Jaan_Tonisson_(Lasteleht), lk 83
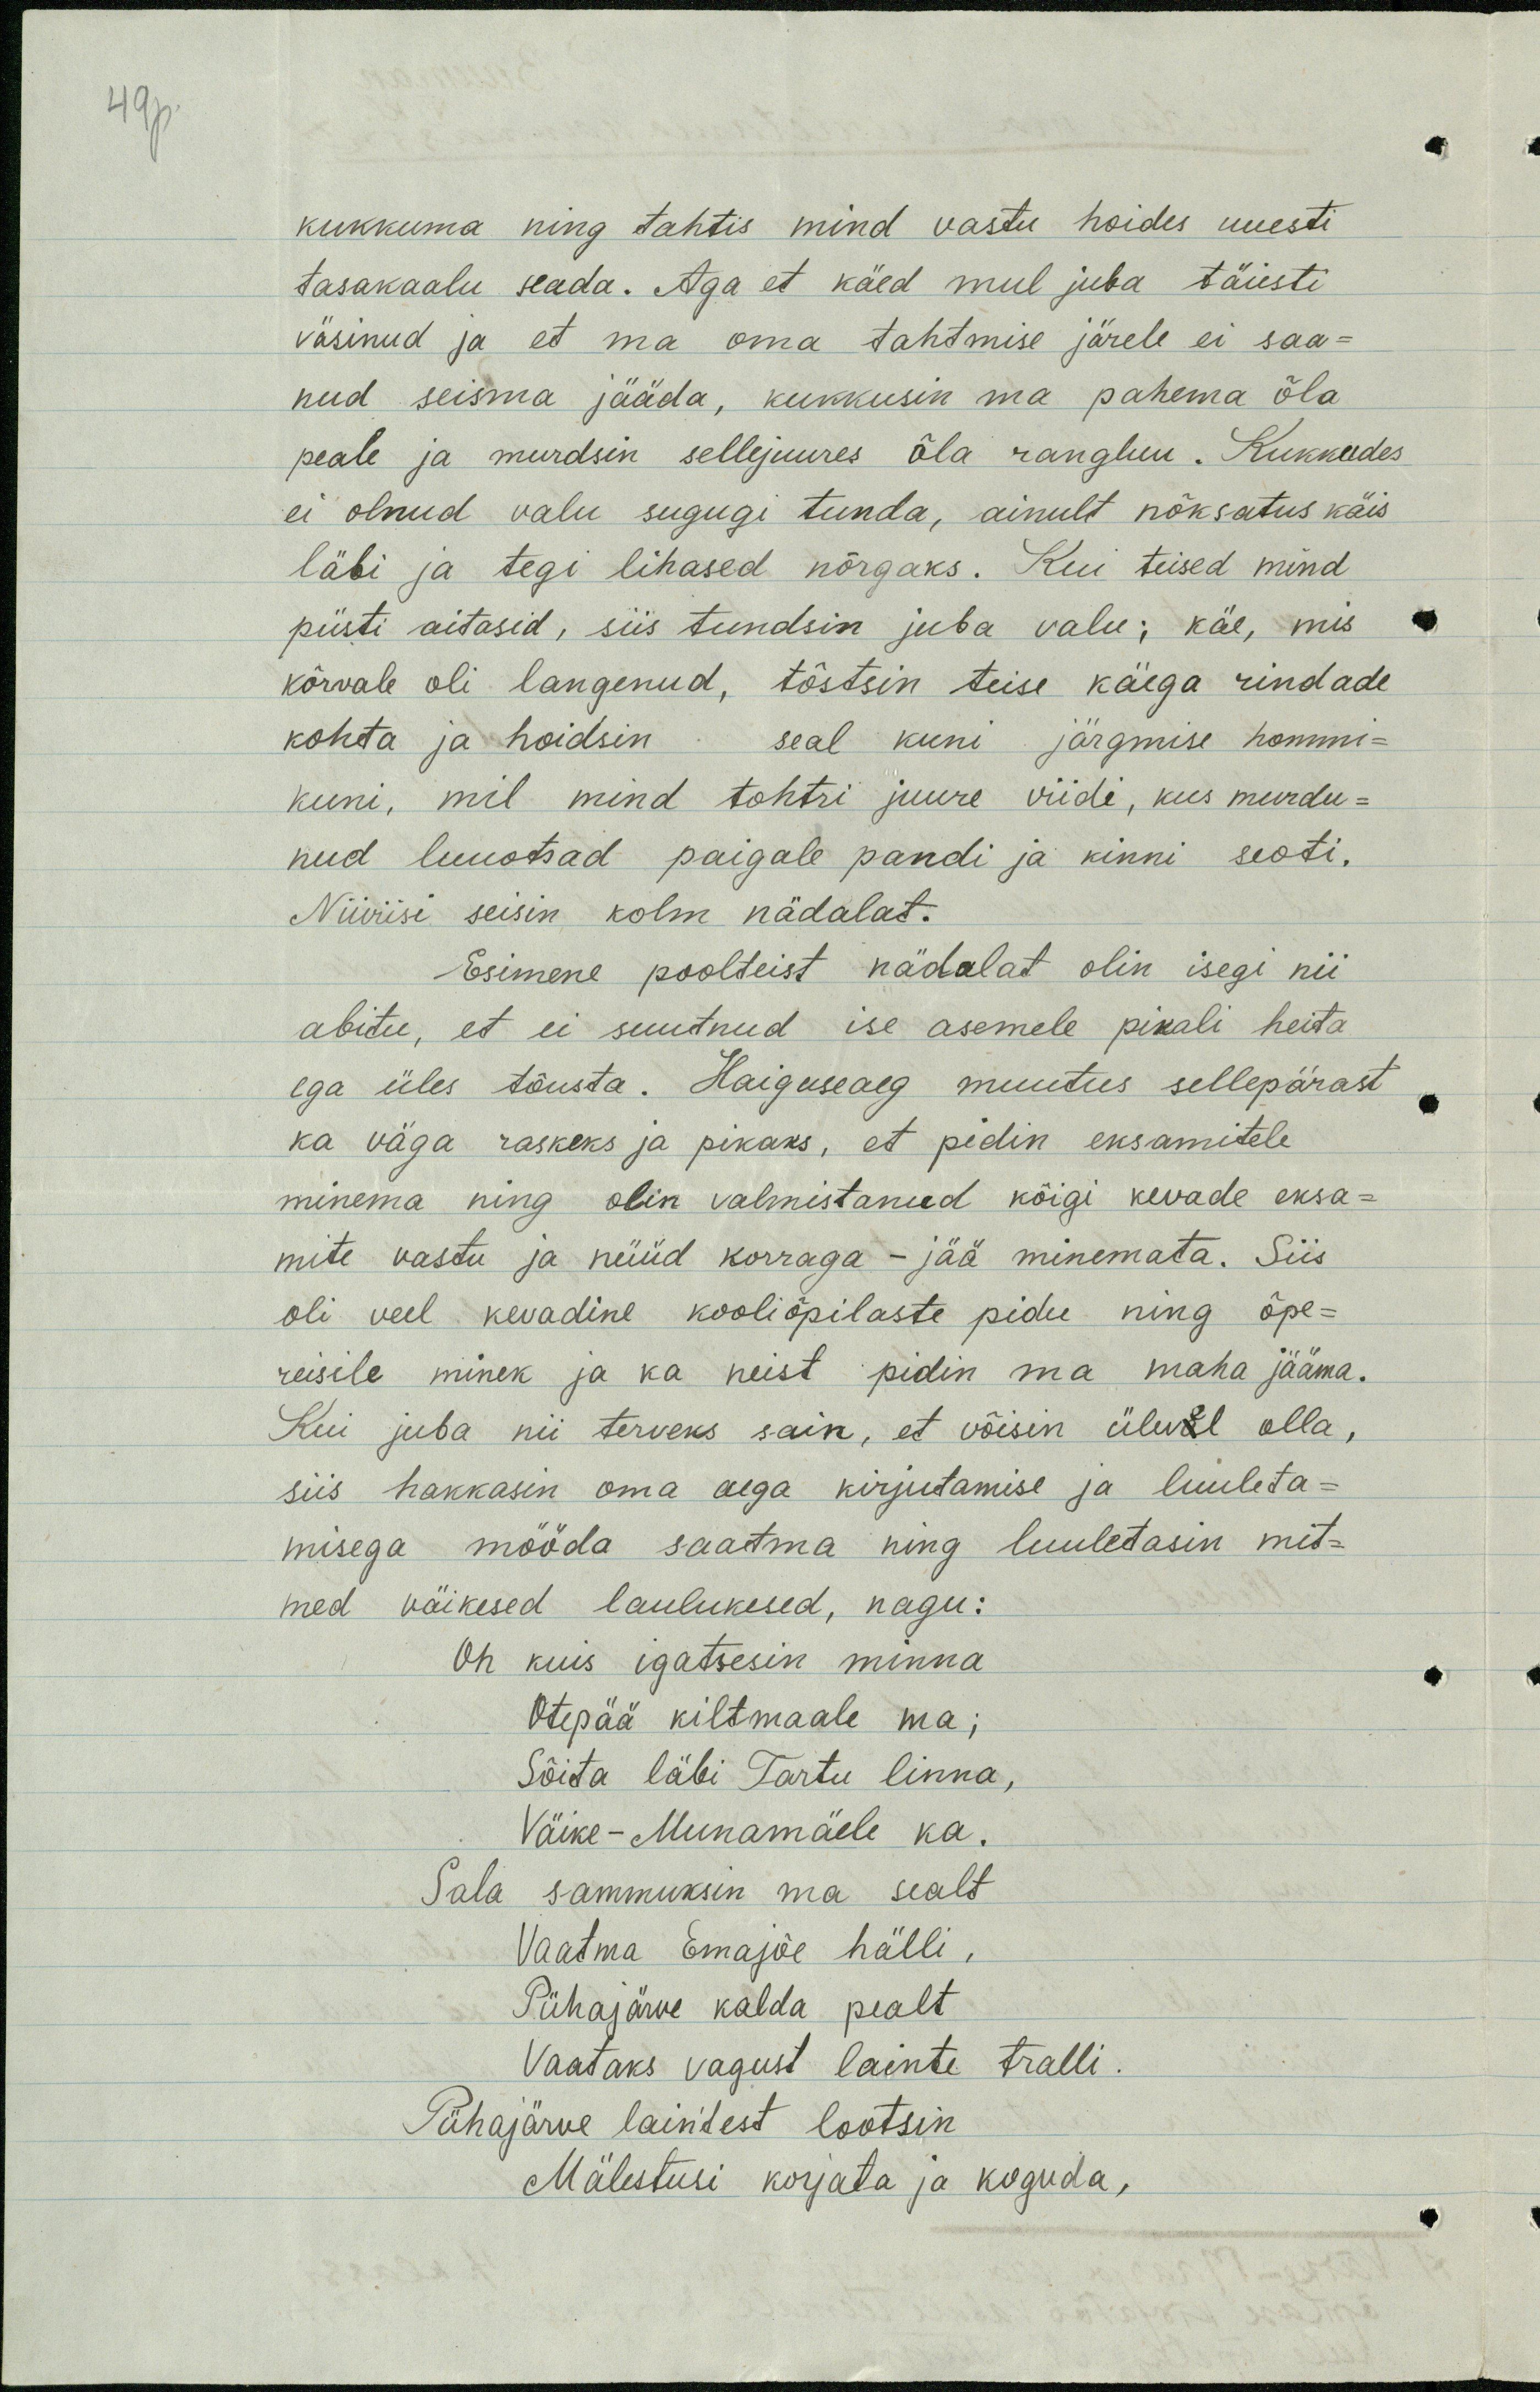
49p

kukkuma ning tahtis mind vastu hoides uuesti
tasakaalu seada. Aga et käed mul juba täiesti
väsinud ja et ma oma tahtmise järele ei saa-
nud seisma jääda, kukkusin ma pahema õla
peale ja murdsin sellejuures õla rangluu. Kukkudes
ei olnud valu sugugi tunda, ainult nõksatus käis
läbi ja tegi lihased nõrgaks. Kui teised mind
püsti aitasid, siis tundsin juba valu; käe, mis
kõrvale oli langenud, tõstsin teise käega rindade
kohta ja hoidsin seal kuni järgmise hommi-
kuni, mil mind tohtri juure viidi, kus murdu-
nud luuotsad paigale pandi ja kinni seoti.
Niiviisi seisin kolm nädalat.
Esimene poolteist nädalat olin isegi nii
abitu, et ei suutnud ise asemele pikali heita
ega üles tõusta. Haiguseaeg muutus sellepärast
ka väga raskeks ja pikaks, et pidin eksamitele
minema ning olin valmistanud kõigi kevade eksa-
mite vastu ja nüüd korraga - jää minemata. Siis
oli veel kevadine kooliõpilaste pidu ning õpe-
reisile minek ja ka neist pidin ma maha jääma.
Kui juba nii terveks sain, et võisin ülevel olla,
siis hakkasin oma aega kirjutamise ja luuleta-
misega mööda saatma ning luuletasin mit-
med väikesed laulukesed, nagu:
Oh kuis igatsesin minna
Otepää kiltmaale ma;
Sõita läbi Tartu linna,
Väike-Munamäele ka.
Sala sammuksin ma sealt
Vaatma Emajõe hälli,
Pühajärve kalda pealt
Vaataks vagust lainte tralli.
Pühajärve lainitest lootsin
Mälestusi korjata ja koguda,